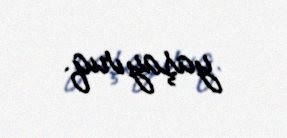
yaşayırıq.